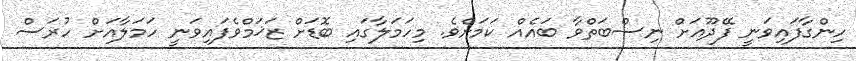
ހިންގާފައިވަނީ ފޭދޫއަށް ނިސްބަތްވާ ބައެއް ކަމަށެވެ. މިހަމަލާގައި ބޮޑަށް ޒަޚަމްވެފައިވަނީ ހަމަލާއަށް ހުރަސް